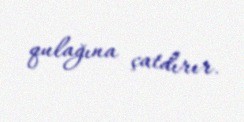
qulağına çatdırır.